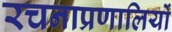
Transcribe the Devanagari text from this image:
रचनाप्रणालियों